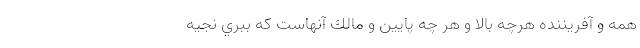
همه و آفريننده هرچه بالا و هر چه پايين و مالك آنهاست كه ببُري نجيه